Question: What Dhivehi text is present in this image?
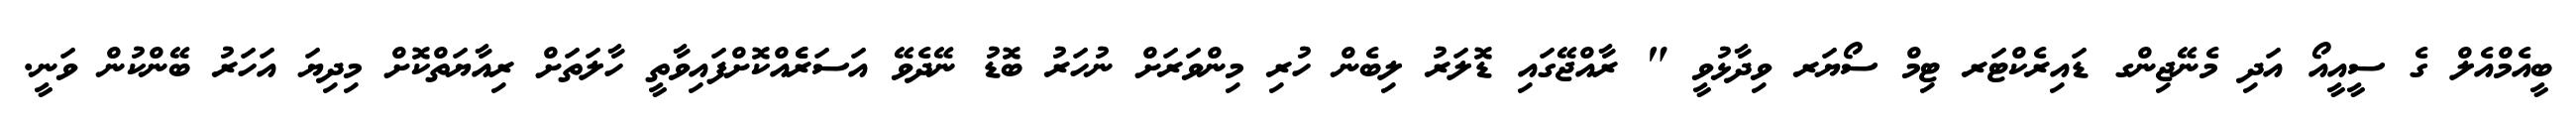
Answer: ބީއެމްއެލް ގެ ސީއީއޯ އަދި މެނޭޖިންގ ޑައިރެކްޓަރ ޓިމް ސޯޔަރ ވިދާޅުވީ " ރާއްޖޭގައި ޑޮލަރު ލިބެން ހުރި މިންވަރަށް ނުހަރު ބޮޑު ނޭދެވޭ އަސަރެެއްކޮށްފައިވާތީ ހާލަތަށް ރިއާޔަތްކޮށް މިދިޔަ އަހަރު ބޭންކުން ވަނީ.